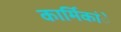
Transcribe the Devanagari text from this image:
कार्मिकांे